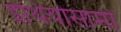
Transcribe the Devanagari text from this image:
इथियोसामी